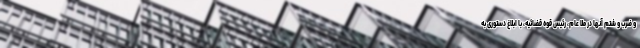
و ضرب و شتم آنها در ملا عام، رئیس قوه قضائیه، با ابلاغ دستوری به